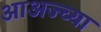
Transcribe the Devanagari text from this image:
आअज्च्या